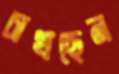
চাখছেন